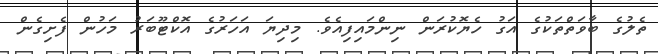
ތެލުގެ ބާވަތްތަކުގެ އަގު ހެޔޮކުރަން ނިންމައިފިއެވެ. މިދިޔަ އަހަރުގެ އޮކްޓޫބަރު މަހުން ފެށިގެން